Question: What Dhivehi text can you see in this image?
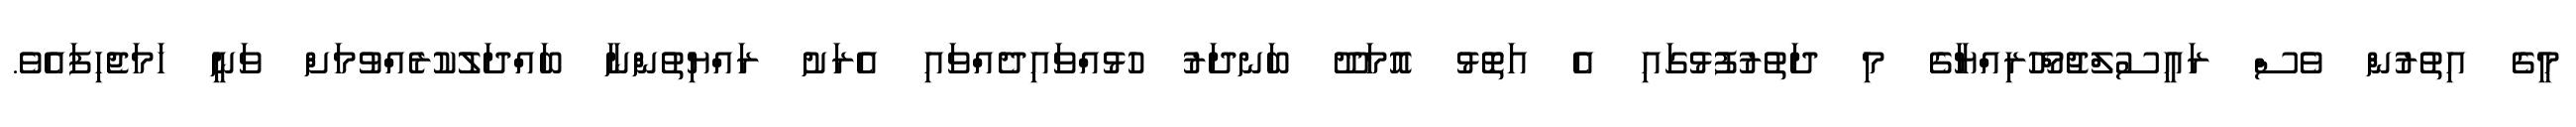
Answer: މީގެ އިތުރުން ވެސް ރައީސުލްޖުމްހޫރިއްޔާގެ މި ދަތުރުފުޅުގައި އެ އަތޮޅު އޮމަދޫ ބަނދަރު ހުޅުއްވައިދެއްވައި އެރަށު ރައްޔިތުންނާ ބައްދަލުކުރެއްވުމަށް ވަނީ ހަމަޖެހިފައެވެ.